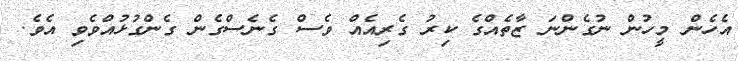
އެހެން މީހުން ނުގެންނަ ޒާތެއްގެ ކިރު ގެރިއެއް ވެސް ގެނެސްގެން ގެންގުޅުއްވެވި އެވެ.